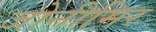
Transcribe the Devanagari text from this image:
जोनीमिर